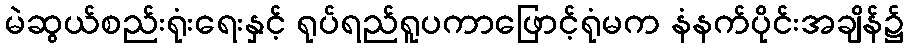
မဲဆွယ်စည်းရုံးရေးနှင့် ရုပ်ရည်ရူပကာဖြောင့်ရုံမက နံနက်ပိုင်းအချိန်၌